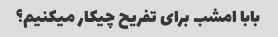
بابا امشب برای تفریح ​​چیکار میکنیم؟